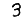
Digit: 3